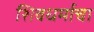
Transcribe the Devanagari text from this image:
शिवधर्माचा